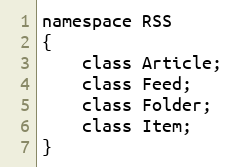
Language: C
namespace RSS
{
    class Article;
    class Feed;
    class Folder;
    class Item;
}